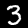
Digit: 3